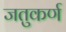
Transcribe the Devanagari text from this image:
जतुकर्ण